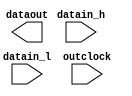
// megafunction wizard: %ALTDDIO_OUT%VBB%
// GENERATION: STANDARD
// VERSION: WM1.0
// MODULE: ALTDDIO_OUT 

// ============================================================
// Megafunction Name(s):
// 			ALTDDIO_OUT
//
// Simulation Library Files(s):
// 			
// ============================================================
// ************************************************************
// THIS IS A WIZARD-GENERATED FILE. DO NOT EDIT THIS FILE!
//
// 15.1.0 Build 185 10/21/2015 SJ Standard Edition
// ************************************************************

//Copyright (C) 1991-2015 Altera Corporation. All rights reserved.
//Your use of Altera Corporation's design tools, logic functions 
//and other software and tools, and its AMPP partner logic 
//functions, and any output files from any of the foregoing 
//(including device programming or simulation files), and any 
//associated documentation or information are expressly subject 
//to the terms and conditions of the Altera Program License 
//Subscription Agreement, the Altera Quartus Prime License Agreement,
//the Altera MegaCore Function License Agreement, or other 
//applicable license agreement, including, without limitation, 
//that your use is for the sole purpose of programming logic 
//devices manufactured by Altera and sold by Altera or its 
//authorized distributors.  Please refer to the applicable 
//agreement for further details.

module ddr_o (
	datain_h,
	datain_l,
	outclock,
	dataout);

	input	[0:0]  datain_h;
	input	[0:0]  datain_l;
	input	  outclock;
	output	[0:0]  dataout;

endmodule

// ============================================================
// CNX file retrieval info
// ============================================================
// Retrieval info: LIBRARY: altera_mf altera_mf.altera_mf_components.all
// Retrieval info: PRIVATE: INTENDED_DEVICE_FAMILY STRING "Cyclone IV E"
// Retrieval info: CONSTANT: EXTEND_OE_DISABLE STRING "OFF"
// Retrieval info: CONSTANT: INTENDED_DEVICE_FAMILY STRING "Cyclone IV E"
// Retrieval info: CONSTANT: INVERT_OUTPUT STRING "OFF"
// Retrieval info: CONSTANT: LPM_HINT STRING "UNUSED"
// Retrieval info: CONSTANT: LPM_TYPE STRING "altddio_out"
// Retrieval info: CONSTANT: OE_REG STRING "UNREGISTERED"
// Retrieval info: CONSTANT: POWER_UP_HIGH STRING "OFF"
// Retrieval info: CONSTANT: WIDTH NUMERIC "1"
// Retrieval info: USED_PORT: datain_h 0 0 1 0 INPUT NODEFVAL "datain_h[0..0]"
// Retrieval info: CONNECT: @datain_h 0 0 1 0 datain_h 0 0 1 0
// Retrieval info: USED_PORT: datain_l 0 0 1 0 INPUT NODEFVAL "datain_l[0..0]"
// Retrieval info: CONNECT: @datain_l 0 0 1 0 datain_l 0 0 1 0
// Retrieval info: USED_PORT: dataout 0 0 1 0 OUTPUT NODEFVAL "dataout[0..0]"
// Retrieval info: CONNECT: dataout 0 0 1 0 @dataout 0 0 1 0
// Retrieval info: USED_PORT: outclock 0 0 0 0 INPUT_CLK_EXT NODEFVAL "outclock"
// Retrieval info: CONNECT: @outclock 0 0 0 0 outclock 0 0 0 0
// Retrieval info: GEN_FILE: TYPE_NORMAL ddr_o.v TRUE FALSE
// Retrieval info: GEN_FILE: TYPE_NORMAL ddr_o.qip TRUE FALSE
// Retrieval info: GEN_FILE: TYPE_NORMAL ddr_o.bsf TRUE TRUE
// Retrieval info: GEN_FILE: TYPE_NORMAL ddr_o_inst.v FALSE TRUE
// Retrieval info: GEN_FILE: TYPE_NORMAL ddr_o_bb.v TRUE TRUE
// Retrieval info: GEN_FILE: TYPE_NORMAL ddr_o.inc FALSE TRUE
// Retrieval info: GEN_FILE: TYPE_NORMAL ddr_o.cmp FALSE TRUE
// Retrieval info: GEN_FILE: TYPE_NORMAL ddr_o.ppf TRUE FALSE